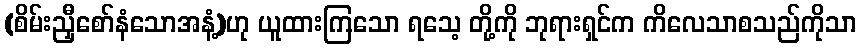
(စိမ်းညှီစော်နံသောအနံ့)ဟု ယူထားကြသော ရသေ့ တို့ကို ဘုရားရှင်က ကိလေသာစသည်ကိုသာ